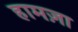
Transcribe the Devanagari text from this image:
हामज़ा